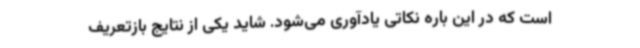
است که در این باره نکاتی یادآوری می‌شود. شاید یکی از نتایج بازتعریف